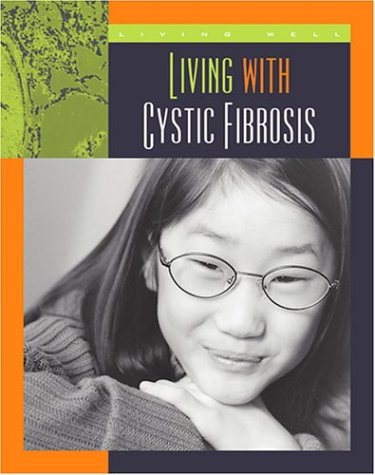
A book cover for Living with Cystic Fibrosis (Living Well: Chronic Conditions); Susan Heinrichs Gray; Health, Fitness & Dieting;